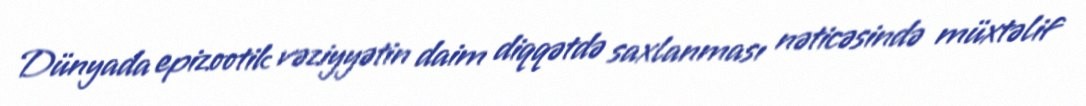
Dünyada epizootik vəziyyətin daim diqqətdə saxlanması nəticəsində müxtəlif